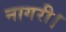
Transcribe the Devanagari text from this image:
नागरी।